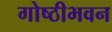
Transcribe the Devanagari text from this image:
गोष्ठीभवन